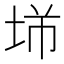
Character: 𡋁